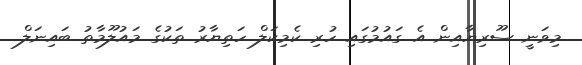
މިވަނީ ސޫރިޔާއިން އެ ގައުމުގައި ހުރި ކެމިކަލް ހަތިޔާރު ތަކުގެ މައުލޫމާތު ބައިނަލް